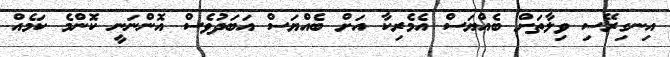
އިނގިރޭސި ވިލާތަށް ބެއްޔަސް އެމެރިކާ އަށް ބެއްޔަސް އަބަދުވެސް އޮންނަނީ ކޮންމެ ކަމެއް